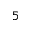
5